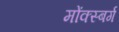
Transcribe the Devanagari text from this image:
मोंक्स्बर्ग